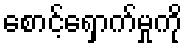
စောင့်ရှောက်မှုကို